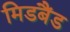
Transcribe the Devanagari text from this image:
मिडबैंड